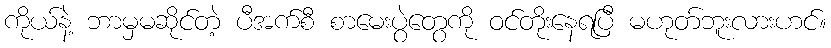
ကိုယ်နဲ့ ဘာမှမဆိုင်တဲ့ ပီအက်စီ စာမေးပွဲတွေကို ဝင်တိုးနေရပြီ မဟုတ်ဘူးလားဟင်။